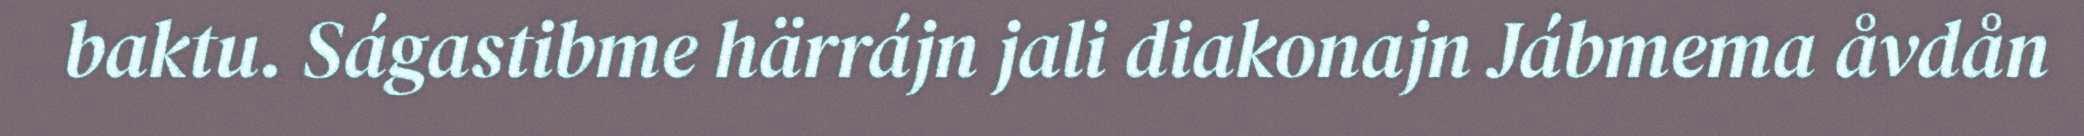
baktu. Ságastibme härrájn jali diakonajn Jábmema åvdån